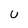
Character: U